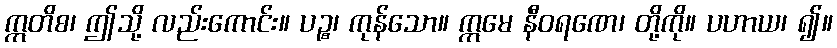
ဣတိစ၊ ဤသို့ လည်းကောင်း။ ပဉ္စ၊ ကုန်သော။ ဣမေ နီဝရဏေ၊ တို့ကို။ ပဟာယ၊ ၍။